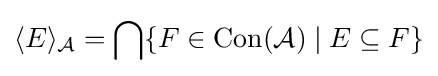
\langle E\rangle _{\mathcal {A}}=\bigcap \{F\in \mathrm {Con} ({\mathcal {A}})\mid E\subseteq F\}